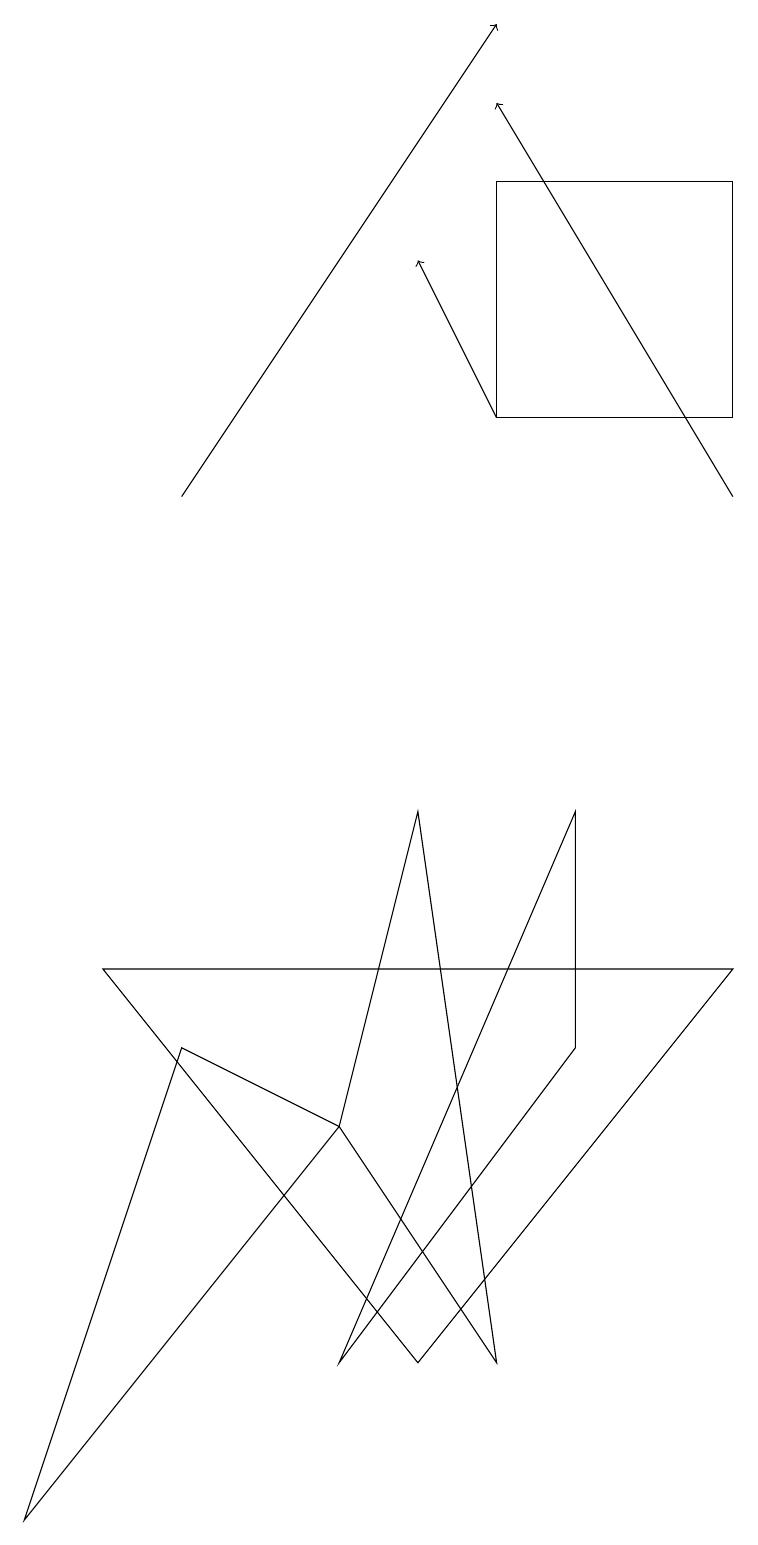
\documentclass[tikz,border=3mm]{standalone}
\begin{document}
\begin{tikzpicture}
\draw (7,9) -- (7,6) -- (4,2) -- cycle;
\draw[->] (9,13) -- (6,18);
\draw[->] (2,13) -- (6,19);
\draw (2,6) -- (4,5) -- (0,0) -- cycle;
\draw (9,17) rectangle (6,14);
\draw[->] (6,14) -- (5,16);
\draw (5,9) -- (6,2) -- (4,5) -- cycle;
\draw (9,7) -- (5,2) -- (1,7) -- cycle;
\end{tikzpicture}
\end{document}